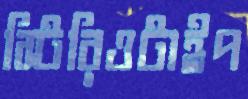
স্টিরিওটাইপ